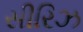
સીરિઝ